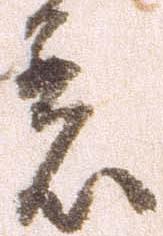
着